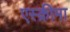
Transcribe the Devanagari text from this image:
एस्क्रीमा